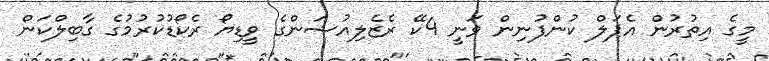
މީގެ އިތުރުން އެޕަލް ކުންފުނިން ވަނީ 4ކޭ ރެޒެލިއުޝަންގެ ވީޑިޔޯ ރެކޯޑުކުރުމުގެ ގާބިލްކަން